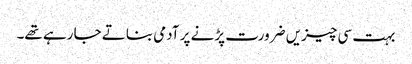
بہت سی چیزیں ضرورت پڑنے پر آدمی بناتے جا رہے تھے۔